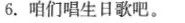
6.咱们唱生日歌吧。